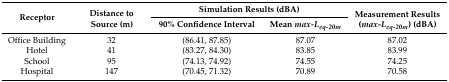
| <ROWSPAN=2> Receptor | <ROWSPAN=2> Distance to Source (m) | <COLSPAN=2> Simulation Results (dBA) | <ROWSPAN=2> Measurement Results (max-Leq-20m) (dBA) |
 | 90% Confidence Interval | Mean max-Leq-20m |
 | --- | --- | --- | --- | --- |
 | Office Building | 32 | (86.41, 87.85) | 87.07 | 87.02 |
 | Hotel | 41 | (83.27, 84.30) | 83.85 | 83.99 |
 | School | 95 | (74.13, 74.92) | 74.55 | 74.25 |
 | Hospital | 147 | (70.45, 71.32) | 70.89 | 70.58 |